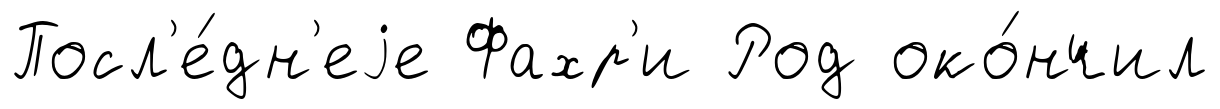
Посл'е́дн'еjе Фахр'и Род око́нчил